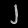
Digit: ၂